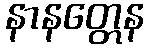
နာနတ္တေန